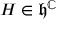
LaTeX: H \in { \mathfrak { h } } ^ { \mathbb { C } }